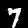
Digit: 7